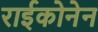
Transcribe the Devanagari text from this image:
राईकोनेन